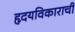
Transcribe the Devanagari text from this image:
हृदयविकाराची